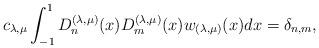
LaTeX: \begin{align*}c_{\lambda, \mu} \int_{-1}^1 D_n^{(\lambda, \mu)}(x)D_m^{(\lambda, \mu)}(x) w_{(\lambda, \mu)} (x) d x = \delta_{n,m},\end{align*}